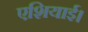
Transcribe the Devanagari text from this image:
एशियाई।